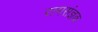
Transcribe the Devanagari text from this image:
रामसंज्ञक